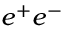
e ^ { + } e ^ { - }